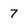
Character: 7